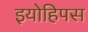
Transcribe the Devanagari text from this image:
इयोहिपस